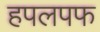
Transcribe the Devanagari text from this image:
हपलपफ